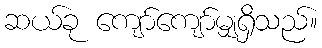
ဆယ်ခု ကျော်ကျော်မျှရှိသည်။